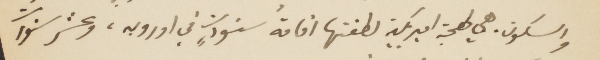
والسكون. هي لهجة اميركية لطفتها اقامة سنوات في اوروبه، وعشر سنوات